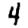
Digit: 4